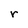
Character: r